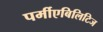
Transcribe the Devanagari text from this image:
पर्मीएबिलिटिज